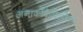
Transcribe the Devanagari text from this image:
अनार्कोकैपिटलिज़्म